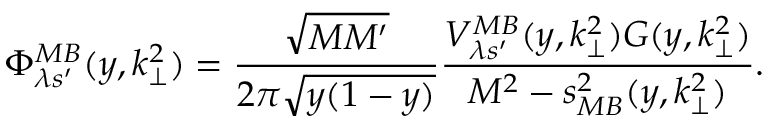
\Phi _ { \lambda s ^ { \prime } } ^ { M B } ( y , k _ { \perp } ^ { 2 } ) = \frac { \sqrt { M M ^ { \prime } } } { 2 \pi \sqrt { y ( 1 - y ) } } \frac { V _ { \lambda s ^ { \prime } } ^ { M B } ( y , k _ { \perp } ^ { 2 } ) G ( y , k _ { \perp } ^ { 2 } ) } { M ^ { 2 } - s _ { M B } ^ { 2 } ( y , k _ { \perp } ^ { 2 } ) } .